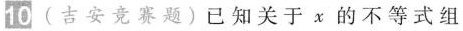
10 (吉安竞赛题)已知关于x的不等式组